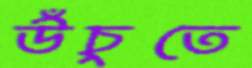
উঁচুতে